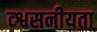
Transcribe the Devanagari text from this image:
व्श्वसनीयता